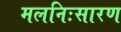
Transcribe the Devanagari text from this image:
मलनिःसारण